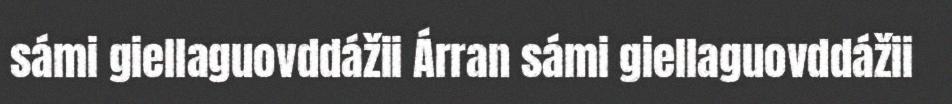
sámi giellaguovddážii Árran sámi giellaguovddážii